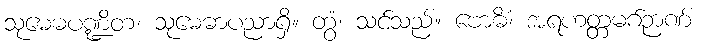
သုမေဓပဏ္ဍိတ၊ သုမေဓာပညာရှိ။ တွံ၊ သင်သည်။ ဗောဓိံ၊ အရဟတ္တမဂ်ဉာဏ်